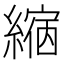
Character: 𦄲